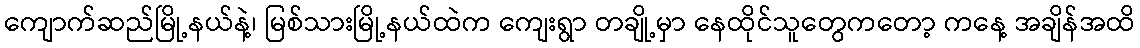
ကျောက်ဆည်မြို့နယ်နဲ့၊ မြစ်သားမြို့နယ်ထဲက ကျေးရွာ တချို့မှာ နေထိုင်သူတွေကတော့ ကနေ့ အချိန်အထိ